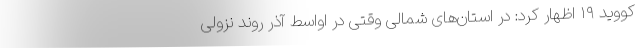
کووید ۱۹ اظهار کرد: در استان‌های شمالی وقتی در اواسط آذر روند نزولی